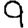
Digit: 9